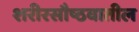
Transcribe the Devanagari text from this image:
शरीरसौष्ठवातील